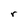
Character: r